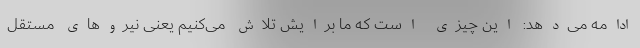
ادامه می‌دهد: این چیزی است که ما برایش تلاش می‌کنیم یعنی نیروهای مستقل